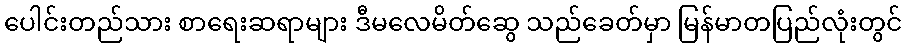
ပေါင်းတည်သား စာရေးဆရာများ ဒီမလေမိတ်ဆွေ သည်ခေတ်မှာ မြန်မာတပြည်လုံးတွင်